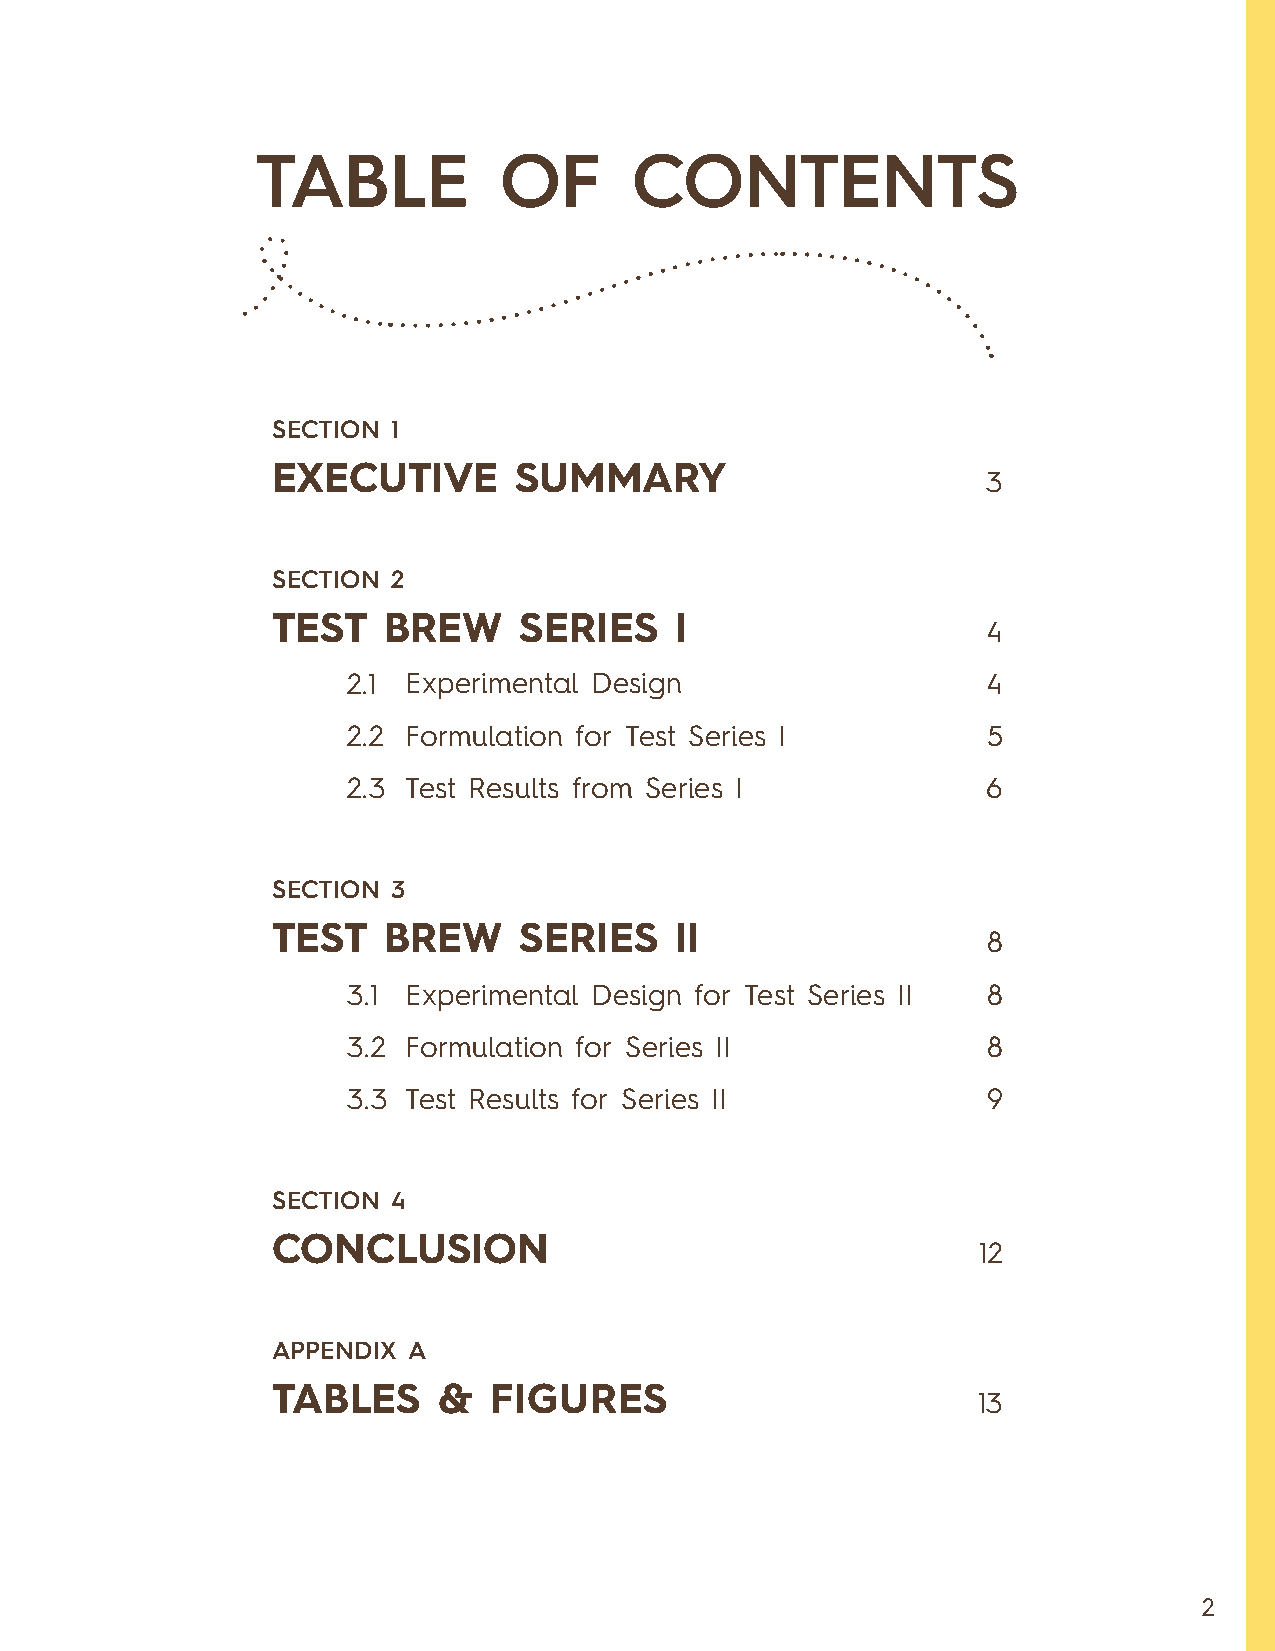
TABLE           OF       CONTENTS
 SECTION 1
 EXECUTIVE       SUMMARY
 3
 SECTION 2
 TEST   BREW     SERIES     I
 4
 2.1 Experimental Design                   4
 2.2 Formulation for Test Series I         5
 2.3 Test Results from Series I            6
 SECTION 3
 TEST   BREW     SERIES     II
 8
 3.1 Experimental Design for Test Series II 8
 3.2 Formulation for Series II             8
 3.3 Test Results for Series II            9
 SECTION 4
 CONCLUSION
 12
 APPENDIX A
 TABLES     &   FIGURES
 13
 2